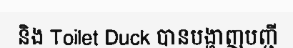
និង Toilet Duck បានបង្ហាញបញ្ជី